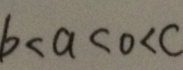
b < a < 0 < c